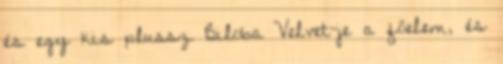
és egy kis plussz Biloba Velvet-je a főelem, és